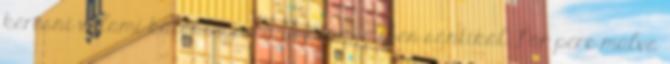
keresni valami különlegeset. Tudtam, miben sántikál. Pár perc múlva